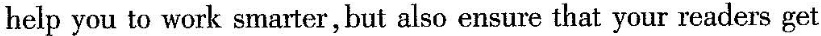
help you to work smarter, but also ensure that your readers get